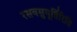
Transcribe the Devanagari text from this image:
रसवसुमूर्तिरिति